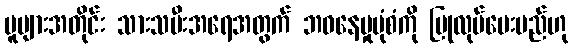
မူများအတိုင်း သားသမီးအရေအတွက် ဘဝနေမှုပုံစံကို ပြုလုပ်ပေးမည်ဟု